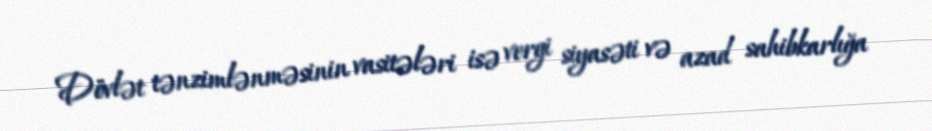
Dövlət tənzimlənməsinin vasitələri isə vergi siyasəti və azad sahibkarlığa